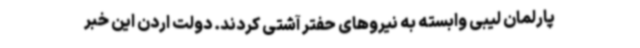
پارلمان لیبی وابسته به نیروهای حفتر آشتی کردند. دولت اردن این خبر